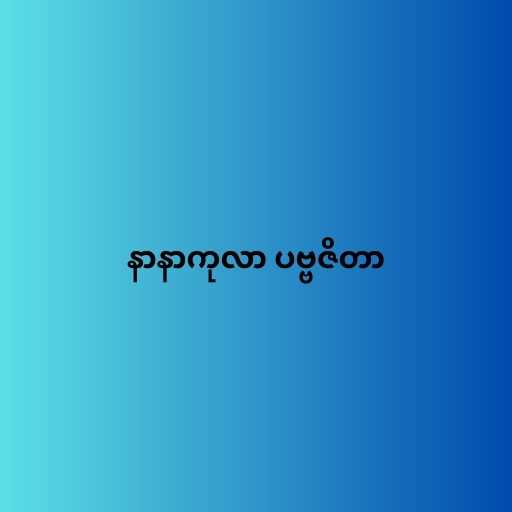
နာနာကုလာ ပဗ္ဗဇိတာ